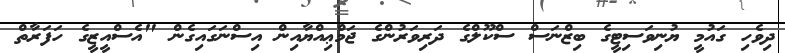
ދިވެހި ގައުމީ ޔުނިވަސިޓީގެ ބިޒްނަސް ސްކޫލްގެ ދަރިވަރުންގެ ޖަމްޢިއްޔާއިން އިސްނަގައިގެން "އެސްއީޒީގެ ހަފަރާތް